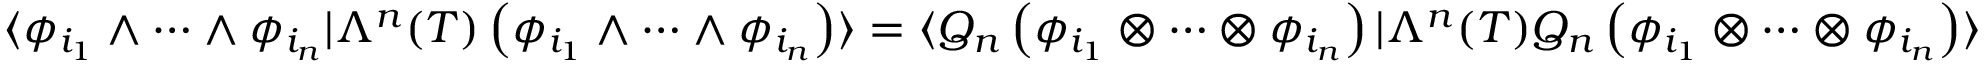
\langle \phi _ { i _ { 1 } } \wedge \cdots \wedge \phi _ { i _ { n } } | \Lambda ^ { n } ( T ) \left( \phi _ { i _ { 1 } } \wedge \cdots \wedge \phi _ { i _ { n } } \right) \rangle = \langle Q _ { n } \left( \phi _ { i _ { 1 } } \otimes \cdots \otimes \phi _ { i _ { n } } \right) | \Lambda ^ { n } ( T ) Q _ { n } \left( \phi _ { i _ { 1 } } \otimes \cdots \otimes \phi _ { i _ { n } } \right) \rangle